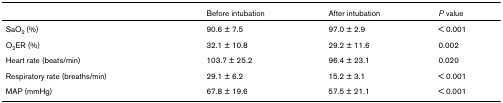
|  | Before intubation | After intubation | P value |
 | --- | --- | --- | --- |
 | SaO2 (%) | 90.6 ± 7.5 | 97.0 ± 2.9 | < 0.001 |
 | O2ER (%) | 32.1 ± 10.8 | 29.2 ± 11.6 | 0.002 |
 | Heart rate (beats/min) | 103.7 ± 25.2 | 96.4 ± 23.1 | 0.020 |
 | Respiratory rate (breaths/min) | 29.1 ± 6.2 | 15.2 ± 3.1 | < 0.001 |
 | MAP (mmHg) | 67.8 ± 19.6 | 57.5 ± 21.1 | < 0.001 |